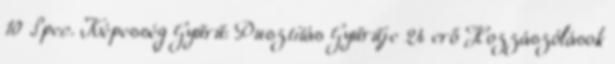
10 Spec. Képesség Gyűrű: Pusztitás Gyűrűje 24 erő Hozzászólások